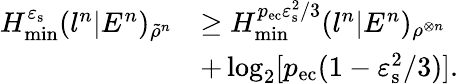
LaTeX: \begin{array}{rl}{H_{\mathrm{min}}^{\varepsilon_{\mathrm{s}}}(l^{n}|E^{n})_{\tilde{\rho}^{n}}}&{\geq H_{\mathrm{min}}^{p_{\mathrm{ec}}\varepsilon_{\mathrm{s}}^{2}/3}(l^{n}|E^{n})_{\rho^{\otimes n}}}\\ &{+\log_{2}[p_{\mathrm{ec}}(1-\varepsilon_{\mathrm{s}}^{2}/3)].}\end{array}